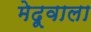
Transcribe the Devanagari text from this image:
मेदूवाला